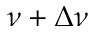
\nu + \Delta \nu